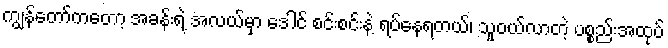
ကျွန်တော်ကတော့ အခန်းရဲ့ အလယ်မှာ ဒေါင် စင်းစင်းနဲ့ ရပ်နေရတယ်၊ သူဝယ်လာတဲ့ ပစ္စည်းအထုပ်